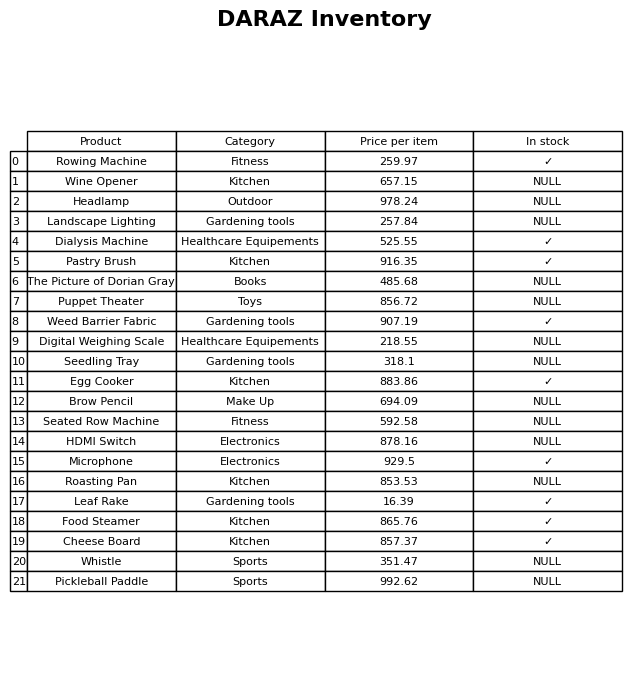
question: What is the price of the Leaf Rake?
answer: The price of Leaf Rake is 16.39.